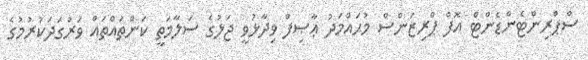
ސްޕްރިންޓެންޑެންޓް އޮފް ޕްރިޒަންސް މުޙައްމަދު ޢާޞިފް ވިދާޅުވީ ޖަލުގެ ސަލާމަތީ ކަންތައްތައް ވަރުގަދަކުރުމުގެ